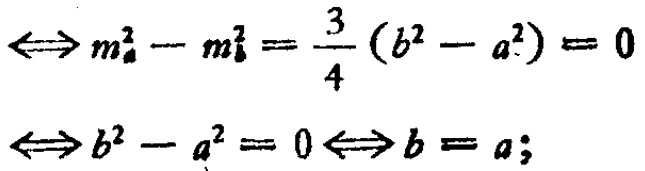
\(\Leftrightarrow m_{a}^{2}-m_{b}^{2}=\frac{3}{4}(b^{2}-a^{2}) = 0\)

\(\Leftrightarrow b^{2}-a^{2}=0\Leftrightarrow b = a;\)